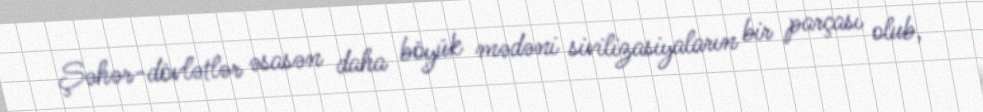
Şəhər-dövlətlər əsasən daha böyük mədəni sivilizasiyaların bir parçası olub,